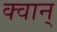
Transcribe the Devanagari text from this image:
क्वान्